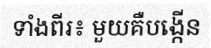
ទាំងពីរ៖ មួយគឺបង្កើន